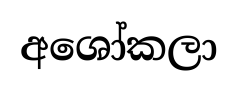
අශෝකලා